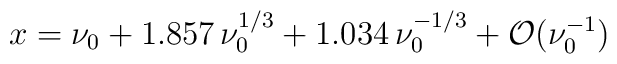
x= \nu_0 + 1.857 \, \nu_0^{1/3} + 1.034 \, \nu_0^{-1/3} +  {\cal O}(\nu_0^{-1})